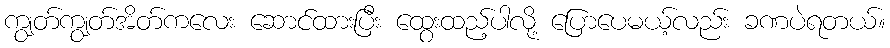
ကျွတ်ကျွတ်အိတ်ကလေး ဆောင်ထားပြီး ထွေးထည့်ပါလို့ ပြောပေမယ့်လည်း ခဏပဲရတယ်။